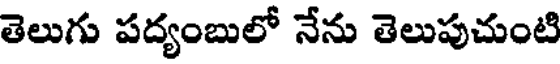
తెలుగు పద్యంబులో నేను తెలుపుచుంటి